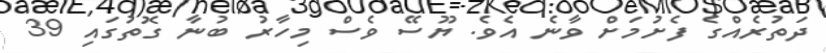
ދަތުރެއްގެ ފެށުމަށް ވާނެ އެވެ. ޔޫސޭ ވެސް މިހާރު ބުނާ ގޮތުގައި 39